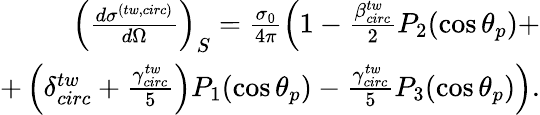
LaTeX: \begin{array}{r}{\left(\frac{d\sigma^{(tw,circ)}}{d\Omega}\right)_{S}=\frac{\sigma_{0}}{4\pi}\left(1-\frac{\beta_{circ}^{tw}}{2}P_{2}(\cos\theta_{p})+\right.}\\ {+\left.\left(\delta_{circ}^{tw}+\frac{\gamma_{circ}^{tw}}{5}\right)P_{1}(\cos\theta_{p})-\frac{\gamma_{circ}^{tw}}{5}P_{3}(\cos\theta_{p})\right).}\end{array}